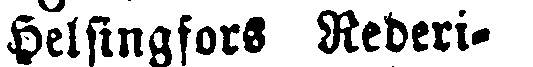
Helsingfors Rederi-